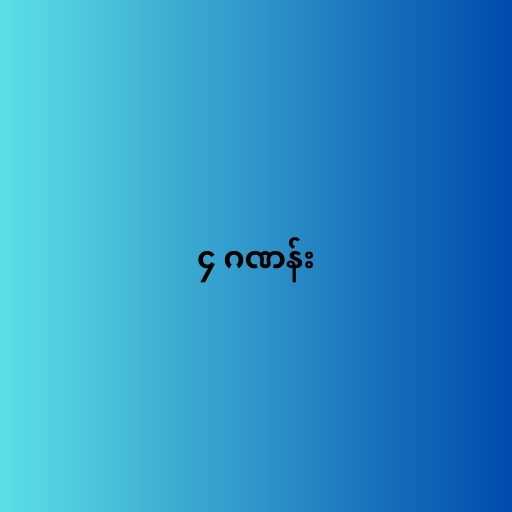
၄ ဂဏန်း